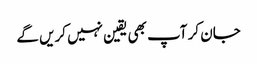
جان کر آپ بھی یقین نہیں کریں گے